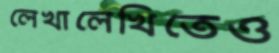
লেখালেখিতেও